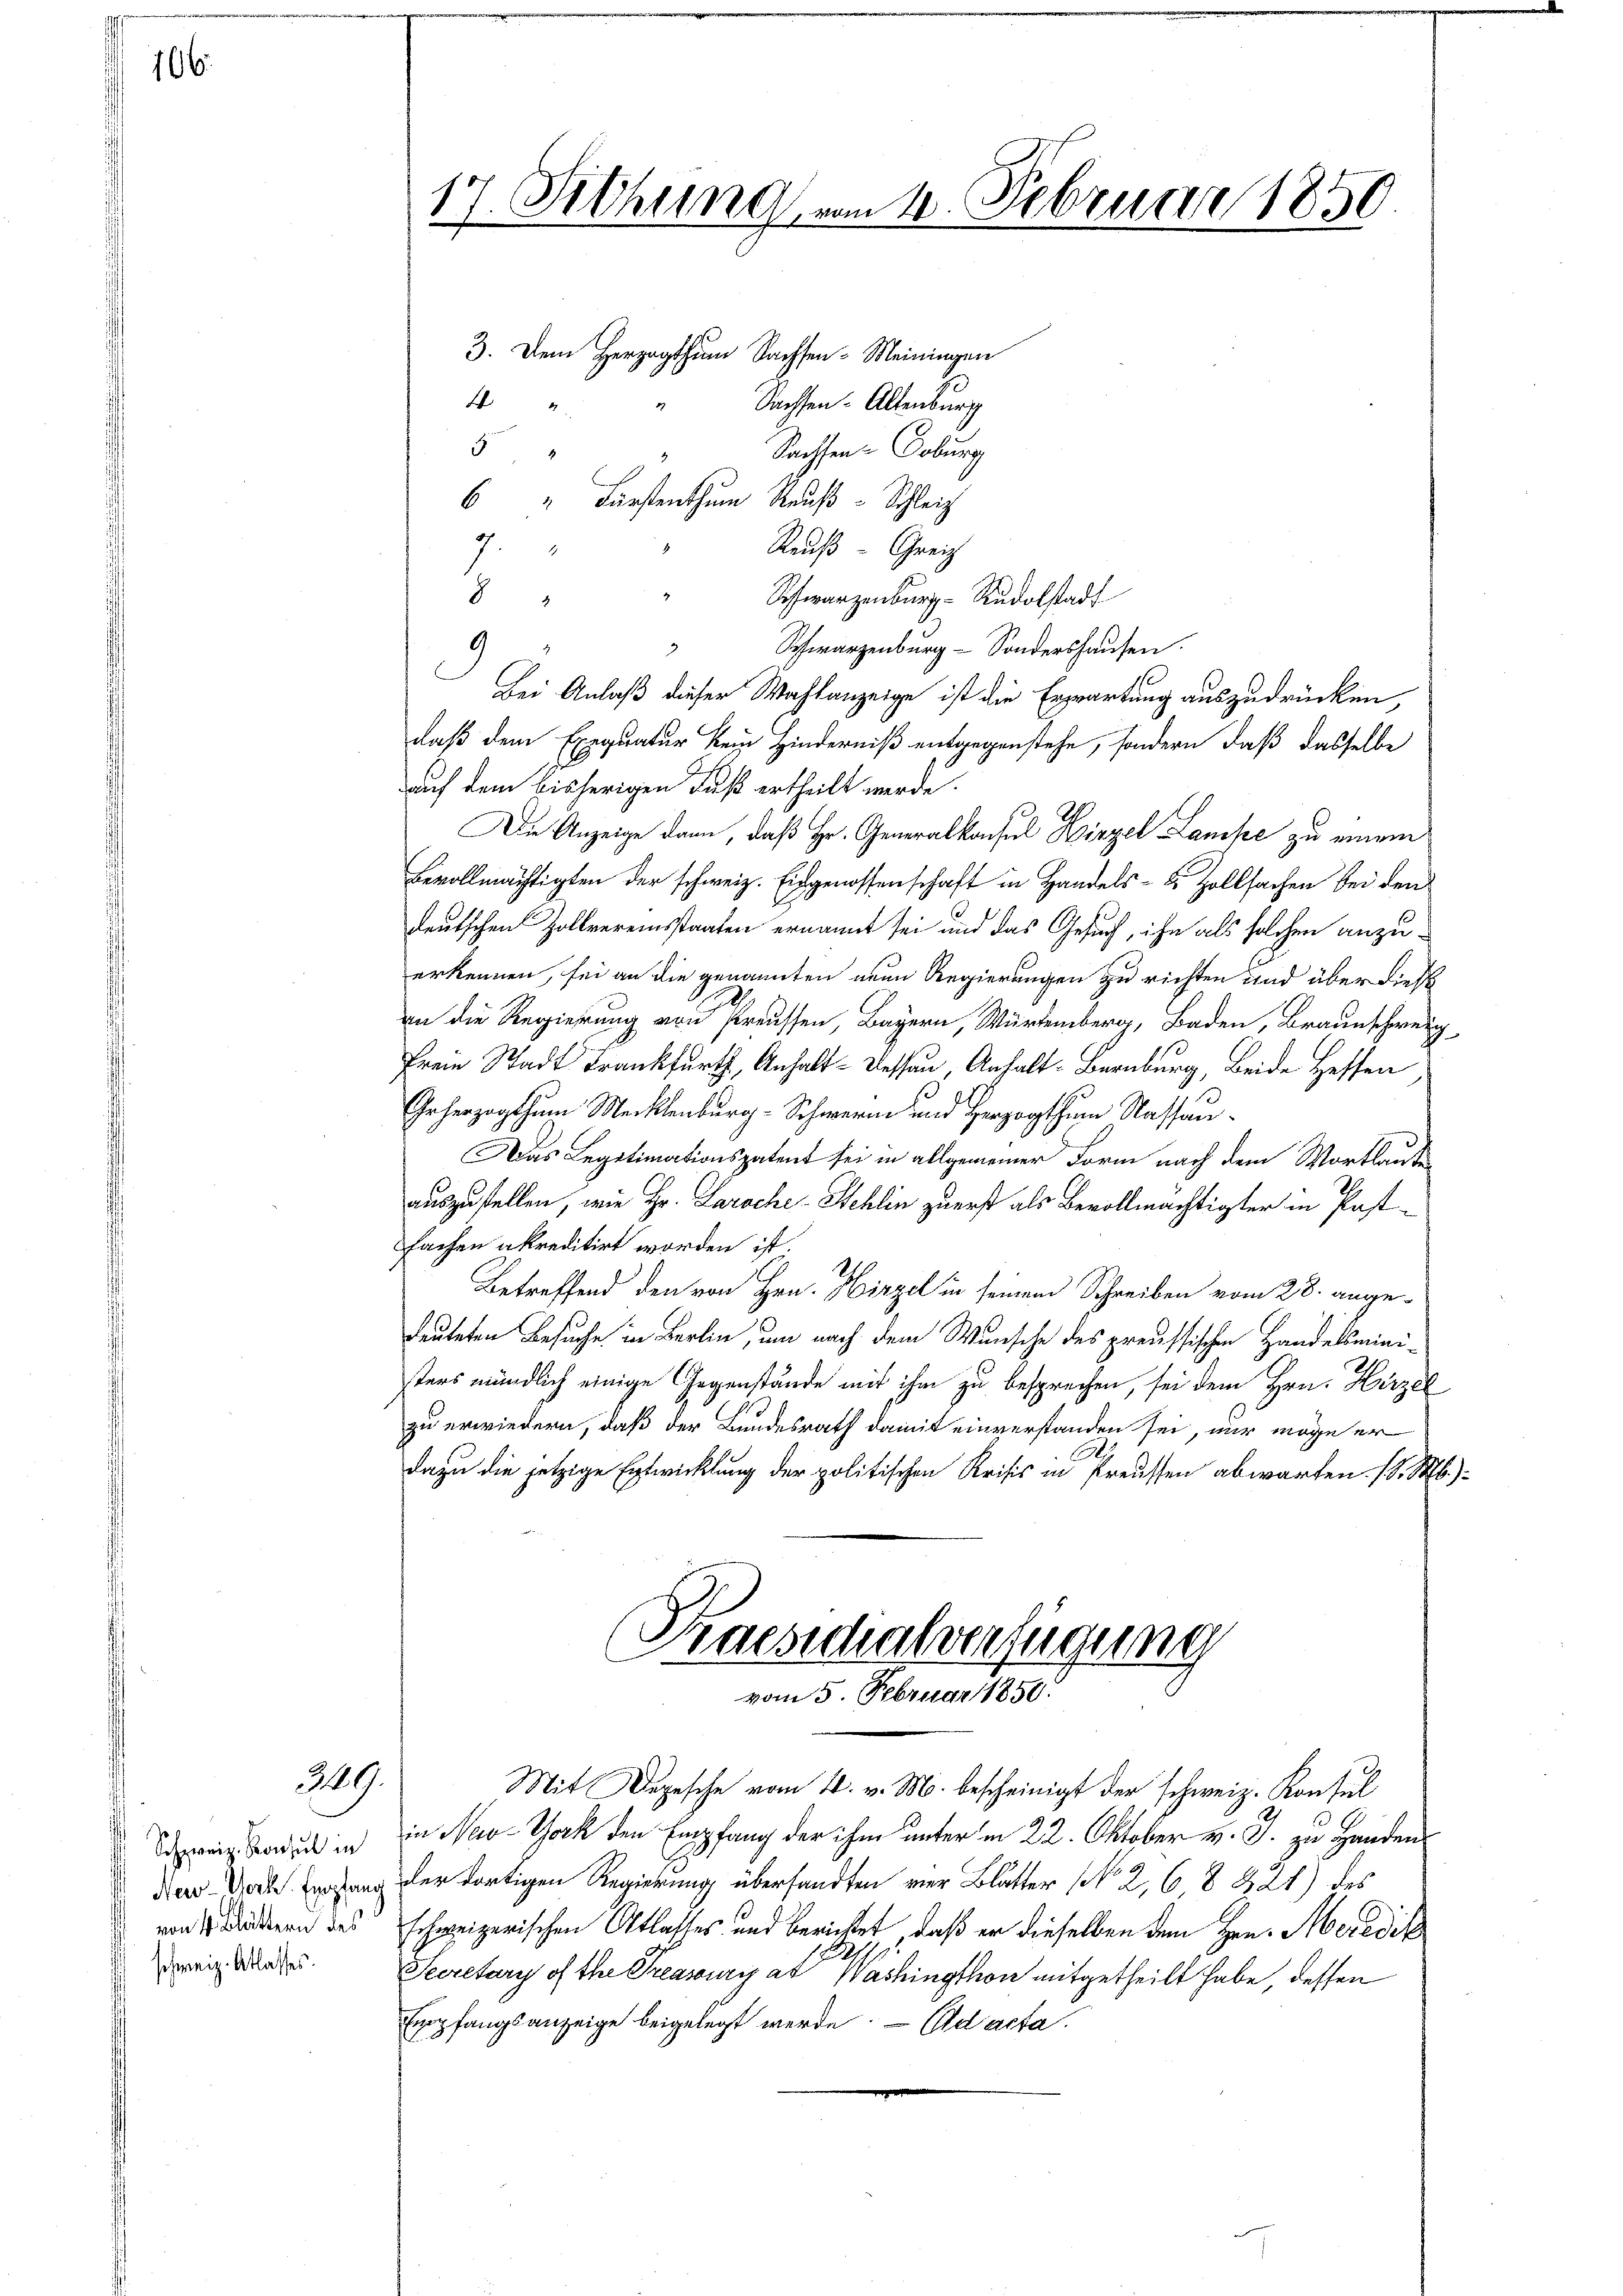
166.

249.

Schweiz. Konsul in
von 4 Blättern des
schweiz. Atlasses.

3. Dem Herzogthum Sachsen-Meiningen
Sachsen. Altenburg
Sachsen Coburg
6 " Fürstenthum Reuß - Schleich
Reuß - Greiz
8
Schwarzenburg-Rudolstadt
9
Schwarzenburg - Sondershausen.
Bei Anlaß dieser Wahlanzeige ist die Erwartung auszudrücken,
daß dem Exequatur kein Hinderniß entgegenstehe, sondern, daß dasselbe
auf dem bisherigen Fuß ertheilt werde.
Die Anzeige dann, daß Hr. Generalkonsul Hirzel Lampe zu einem
Bevollmächtigten der schweiz. Eingenossenschaft in Handels- & Zollsachen bei den
deutschen Zollvereinsstaaten ernannt sei und das Gesuch, ihn als solchen anzuerkennen, sei an die genannten neue Regierungen zu richten und über dies
an die Regierung von Preussen, Bayern, Würtemberg, Baden, Braunschweig
Freie Stadt Frankfurt, Anhalt-Dessau, Anhalt- Bernburg, Beide Heffen
Grherzogthum Mecklenburg-Schweren und Herzogthum Nassau¬
Das Legitimationspatent sei in allgemeiner Form nach dem Wortlauten
auszustellen, wie Hr. Laroche-Schlin zuerst als Bevollmächtigter in Pastfachen akreditirt worden ist.
Betreffend den von Hrn. Hirzel in seinem Schreiben vom 28. ange¬
Leuteten Besuche in Berlin, um nach dem Wunsche des preussischen Handelsministers mündlich einige Gegenstände mit ihm zu besprechen, sei dem Hrn. Hirzel
zu erwiedern, daß der Bundesrath damit einverstanden sei, nur möge er
dazu die jetzige Entwicklung der politischen Krisis in Preussen abwarten. (l. M.)
Praesidialverfügung

17. Sitzung vom 10. Februar 1850.

44
5

7.

vom 5. Februar 1850.

Mit Depesche vom 4. v. M. bescheinigt der schweiz. Konsul
in New-York den Empfang der ihm unter in 22. Oktober v. J. zu Handen
de Doch an der dortigen Regierung übersandten vier Blätter No 2, 6, 8 224) des
schweizerischen Atlasses und berichtet, daß er dieselben dem Hrn. Meredik
8
Secretary of the Preasoury at Washingthon mitgetheilt habe, dessen
Empfangsanzeige beigelegt werde. Eid acta.